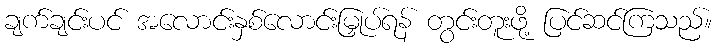
ချက်ချင်းပင် အလောင်းနှစ်လောင်းမြှုပ်ရန် တွင်းတူးဖို့ ပြင်ဆင်ကြသည်။